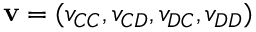
\mathbf { v } = ( v _ { C C } , v _ { C D } , v _ { D C } , v _ { D D } )